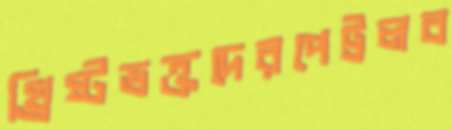
খ্রিষ্টভক্তদেরপেট্রলব